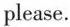
please.